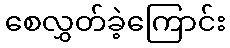
စေလွှတ်ခဲ့ကြောင်း